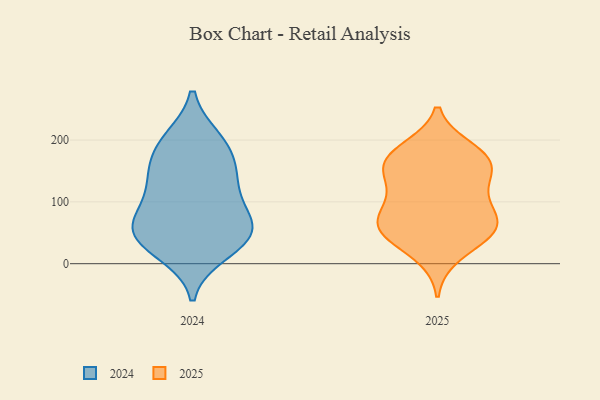
{"axis": {"x": "Shipments", "y": "Value"}, "legend": ["2024", "2025"], "data": [{"x": "", "y": 181, "type": "2025"}, {"x": "", "y": 109, "type": "2025"}, {"x": "", "y": 46, "type": "2025"}, {"x": "", "y": 159, "type": "2025"}, {"x": "", "y": 185, "type": "2025"}, {"x": "", "y": 159, "type": "2025"}, {"x": "", "y": 151, "type": "2025"}, {"x": "", "y": 69, "type": "2025"}, {"x": "", "y": 126, "type": "2025"}, {"x": "", "y": 67, "type": "2025"}, {"x": "", "y": 167, "type": "2025"}, {"x": "", "y": 61, "type": "2025"}, {"x": "", "y": 55, "type": "2025"}, {"x": "", "y": 95, "type": "2025"}, {"x": "", "y": 14, "type": "2025"}, {"x": "", "y": 53, "type": "2025"}, {"x": "", "y": 200, "type": "2024"}, {"x": "", "y": 36, "type": "2024"}, {"x": "", "y": 136, "type": "2024"}, {"x": "", "y": 19, "type": "2024"}, {"x": "", "y": 46, "type": "2024"}, {"x": "", "y": 49, "type": "2024"}, {"x": "", "y": 139, "type": "2024"}, {"x": "", "y": 142, "type": "2024"}, {"x": "", "y": 65, "type": "2024"}, {"x": "", "y": 47, "type": "2024"}, {"x": "", "y": 94, "type": "2024"}, {"x": "", "y": 79, "type": "2024"}, {"x": "", "y": 196, "type": "2024"}, {"x": "", "y": 182, "type": "2024"}]}